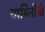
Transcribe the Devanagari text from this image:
यामिनीची